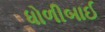
ધોળીબાઈ